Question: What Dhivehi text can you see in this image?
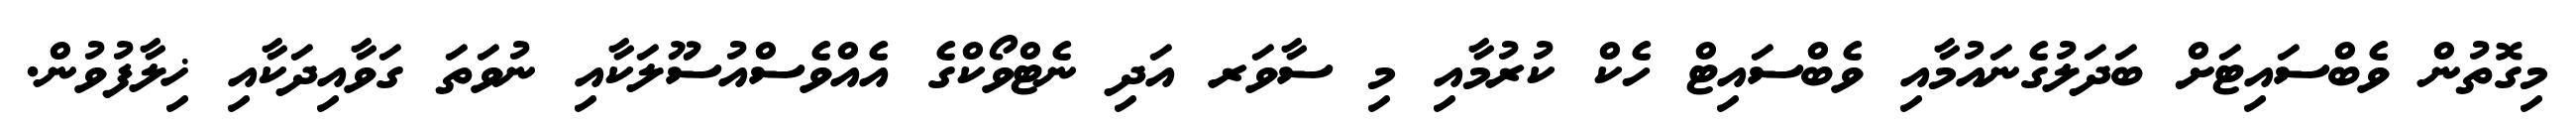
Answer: މިގޮތުން ވެބްސައިޓަށް ބަދަލުގެނައުމާއި ވެބްސައިޓް ހެކް ކުރުމާއި މި ސާވަރ އަދި ނެޓްވޯކްގެ އެއްވެސްއުސޫލަކާއި ނުވަތަ ގަވާއިދަކާއި ޚިލާފުވުން.